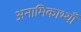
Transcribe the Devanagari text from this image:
अनामिकाभ्याँ